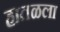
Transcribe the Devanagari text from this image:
हातळला